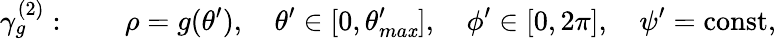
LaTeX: \gamma_{g}^{(2)}:\quad\quad\rho=g(\theta^{\prime}),\quad\theta^{\prime}\in[0,\theta_{ma\mathit{x}}^{\prime}],\quad\phi^{\prime}\in[0,2\pi],\quad\psi^{\prime}=\mathrm{{const}},